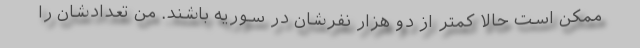
ممکن است حالا کمتر از دو هزار نفرشان در سوریه باشند. من تعدادشان را